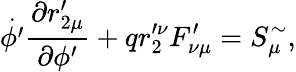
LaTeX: \overset{\cdot}{\phi^{\prime}}\frac{\partial r_{2\mu}^{\prime}}{\partial\phi^{\prime}}+qr_{2}^{\prime\nu}F_{\nu\mu}^{\prime}=S_{\mu}^{\sim},